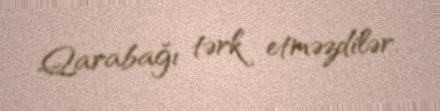
Qarabağı tərk etməzdilər.